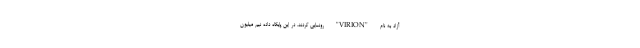
آزاد به نام "VIRION" رونمایی کردند. در این پایگاه داده نیم میلیون